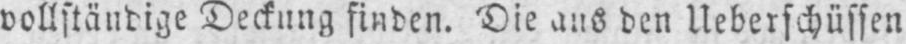
vollständige Deckung finden. Die aus den Ueberschüssen